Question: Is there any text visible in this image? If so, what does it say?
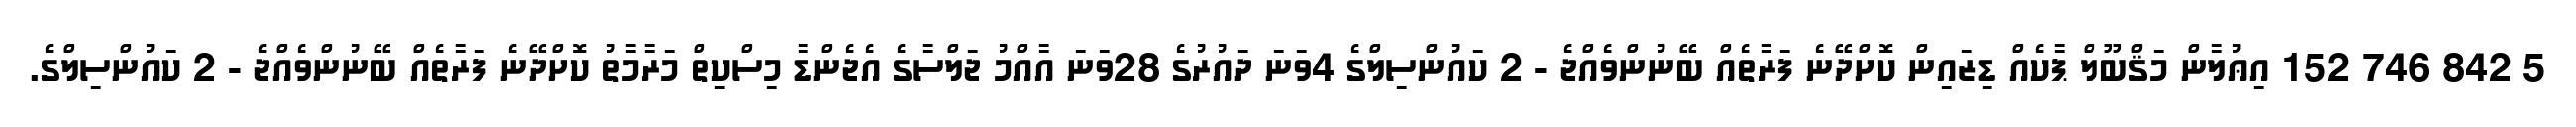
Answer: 5 842 746 152 އިޢުލާން މަޤްބޫލް ޕާކެއް ޑިޒައިން ކޮށްދޭނެ ފަރާތެއް ބޭނުންވެއްޖެ - 2 ކައުންސިލްގެ 4ވަނަ ދައުރުގެ 28ވަނަ އާއްމު ޖަލްސާގެ އެޖެންޑާ މިސްކިތް މަރާމާތު ކޮށްދޭނެ ފަރާތެއް ބޭނުންވެއްޖެ - 2 ކައުންސިލްގެ.